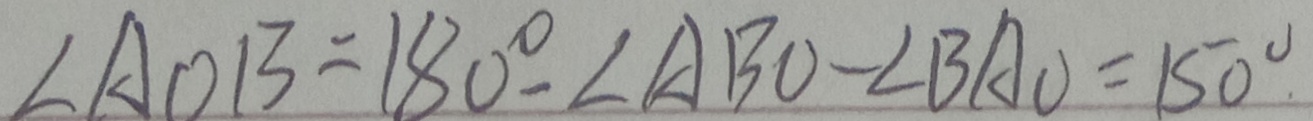
\angle A O B = 1 8 0 ^ { \circ } - \angle A B O - \angle B A O = 1 5 0 ^ { \circ }